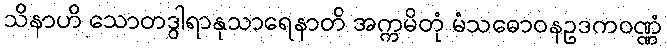
သိနာဟိ သောတဒွါရာနုသာရေနာတိ အက္ကမိတုံ မံသဓောဝနဥဒကဝဏ္ဏံ